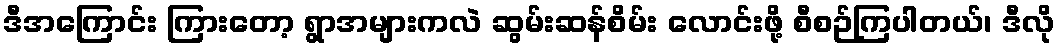
ဒီအကြောင်း ကြားတော့ ရွာအများကလဲ ဆွမ်းဆန်စိမ်း လောင်းဖို့ စီစဉ်ကြပါတယ်၊ ဒီလို